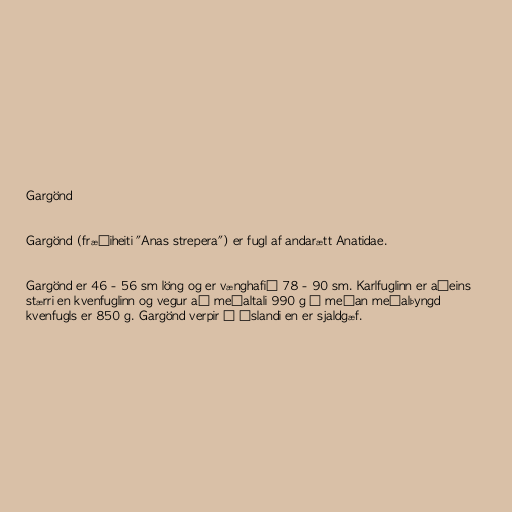
Gargönd

Gargönd (fræðiheiti "Anas strepera") er fugl af andarætt Anatidae.

Gargönd er 46 - 56 sm löng og er vænghafið 78 - 90 sm. Karlfuglinn er aðeins
stærri en kvenfuglinn og vegur að meðaltali 990 g á meðan meðalþyngd
kvenfugls er 850 g. Gargönd verpir á Íslandi en er sjaldgæf.